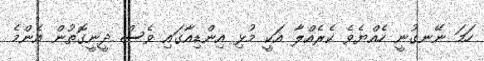
ހަމަ ނޭނގުނީ ހެއްޔެވެ ކެރެއްލާ އަކީ މުޅި އިންޑިއާގައި ވެސް ދީނީގޮތުން އެންމެ